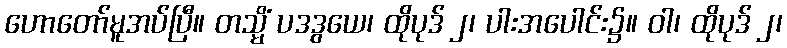
ဟောတော်မူအပ်ပြီ။ တသ္မိံ ပဒဒွယေ၊ ထိုပုဒ် ၂၊ ပါးအပေါင်း၌။ ဝါ၊ ထိုပုဒ် ၂၊